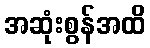
အဆုံးစွန်အထိ